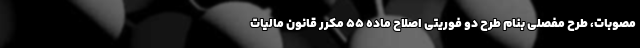
مصوبات، طرح مفصلی بنام طرح دو فوریتی اصلاح ماده ۵۵ مکرر قانون مالیات